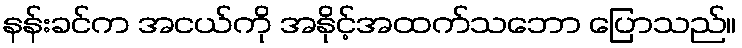
နန်းခင်က အငယ်ကို အနိုင့်အထက်သဘော ပြောသည်။